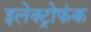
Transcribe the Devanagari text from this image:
इलेक्ट्रोफंक